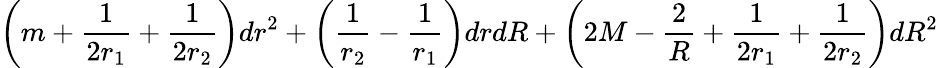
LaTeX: \left(m+\frac{1}{2r_{1}}+\frac{1}{2r_{2}}\right)dr^{2}+\left(\frac{1}{r_{2}}-\frac{1}{r_{1}}\right)drdR+\left(2M-\frac{2}{R}+\frac{1}{2r_{1}}+\frac{1}{2r_{2}}\right)dR^{2}